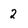
Character: 2